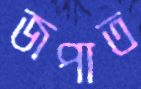
জপাত